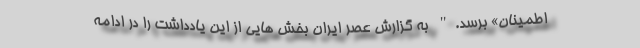
اطمینان» برسد." به گزارش عصر ایران بخش هایی از این یادداشت را در ادامه